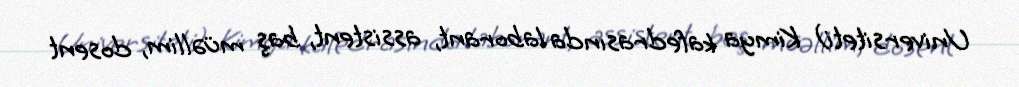
Universiteti) Kimya kafedrasında laborant, assistent, baş müəllim, dosent